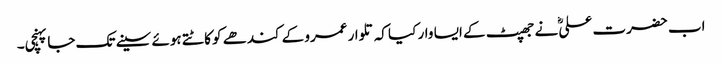
اب حضرت علیؓ نے جھپٹ کے ایسا وار کیا کہ تلوار عمرو کے کندھے کو کاٹتے ہوئے سینے تک جا پہنچی۔